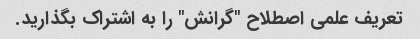
تعریف علمی اصطلاح "گرانش" را به اشتراک بگذارید.